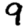
Digit: 9